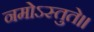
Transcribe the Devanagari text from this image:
नमोऽस्तुते।।